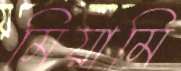
মিয়ামি